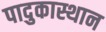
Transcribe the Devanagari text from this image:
पादुकास्थान